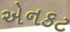
એનકટ